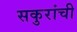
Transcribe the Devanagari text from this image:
सकुरांची